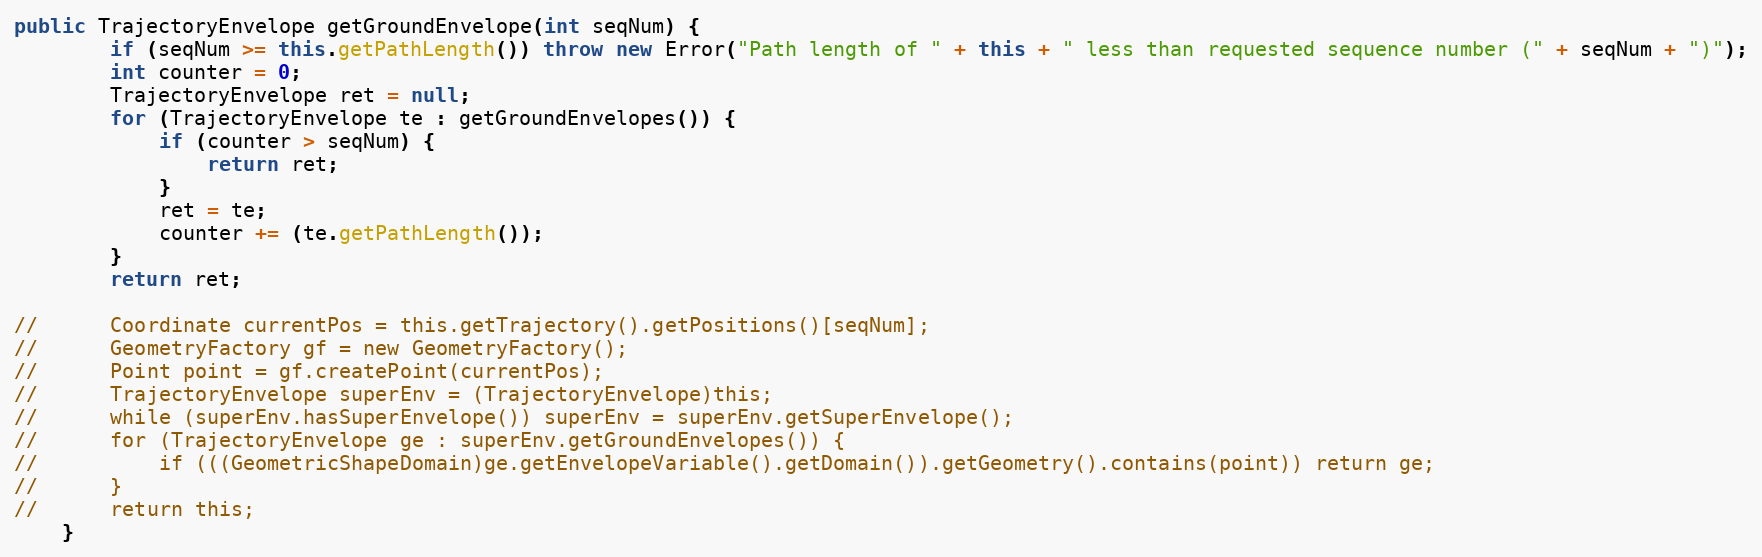
Language: Java
public TrajectoryEnvelope getGroundEnvelope(int seqNum) {
		if (seqNum >= this.getPathLength()) throw new Error("Path length of " + this + " less than requested sequence number (" + seqNum + ")");
		int counter = 0;
		TrajectoryEnvelope ret = null;
		for (TrajectoryEnvelope te : getGroundEnvelopes()) {
			if (counter > seqNum) {
				return ret;
			}
			ret = te;
			counter += (te.getPathLength());
		}
		return ret;

//		Coordinate currentPos = this.getTrajectory().getPositions()[seqNum];
//		GeometryFactory gf = new GeometryFactory();
//		Point point = gf.createPoint(currentPos);
//		TrajectoryEnvelope superEnv = (TrajectoryEnvelope)this;
//		while (superEnv.hasSuperEnvelope()) superEnv = superEnv.getSuperEnvelope();
//		for (TrajectoryEnvelope ge : superEnv.getGroundEnvelopes()) {
//			if (((GeometricShapeDomain)ge.getEnvelopeVariable().getDomain()).getGeometry().contains(point)) return ge;
//		}
//		return this;
	}